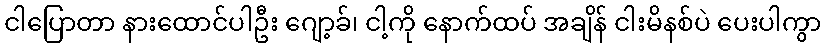
ငါပြောတာ နားထောင်ပါဦး ဂျော့ခ်၊ ငါ့ကို နောက်ထပ် အချိန် ငါးမိနစ်ပဲ ပေးပါကွာ